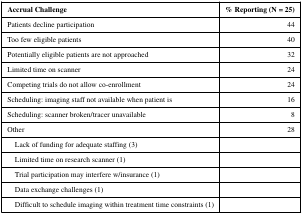
<table><thead><tr><td><b>Accrual Challenge</b></td><td><b>% Reporting (N = 25)</b></td></tr></thead><tbody><tr><td>Patients decline participation</td><td>44</td></tr><tr><td>Too few eligible patients</td><td>40</td></tr><tr><td>Potentially eligible patients are not approached</td><td>32</td></tr><tr><td>Limited time on scanner</td><td>24</td></tr><tr><td>Competing trials do not allow co-enrollment</td><td>24</td></tr><tr><td>Scheduling: imaging staff not available when patient is</td><td>16</td></tr><tr><td>Scheduling: scanner broken/tracer unavailable</td><td>8</td></tr><tr><td>Other</td><td>28</td></tr><tr><td> Lack of funding for adequate staffing (3)</td><td></td></tr><tr><td> Limited time on research scanner (1)</td><td></td></tr><tr><td> Trial participation may interfere w/insurance (1)</td><td></td></tr><tr><td> Data exchange challenges (1)</td><td></td></tr><tr><td> Difficult to schedule imaging within treatment time constraints (1)</td><td></td></tr></tbody></table>